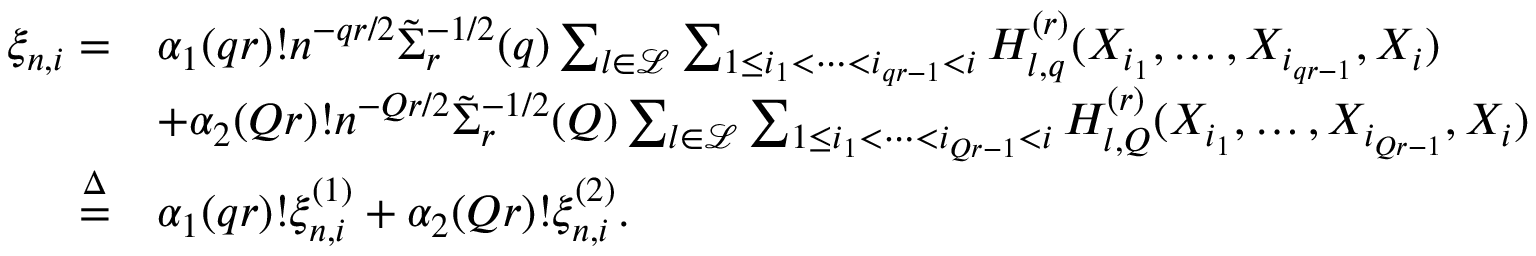
\begin{array} { r l } { \xi _ { n , i } = } & { \alpha _ { 1 } ( q r ) ! n ^ { - q r / 2 } \tilde { \Sigma } _ { r } ^ { - 1 / 2 } ( q ) \sum _ { l \in \mathcal { L } } \sum _ { 1 \le i _ { 1 } < \cdots < i _ { q r - 1 } < i } H _ { l , q } ^ { ( r ) } ( X _ { i _ { 1 } } , \ldots , X _ { i _ { q r - 1 } } , X _ { i } ) } \\ & { + \alpha _ { 2 } ( Q r ) ! n ^ { - Q r / 2 } \tilde { \Sigma } _ { r } ^ { - 1 / 2 } ( Q ) \sum _ { l \in \mathcal { L } } \sum _ { 1 \le i _ { 1 } < \cdots < i _ { Q r - 1 } < i } H _ { l , Q } ^ { ( r ) } ( X _ { i _ { 1 } } , \ldots , X _ { i _ { Q r - 1 } } , X _ { i } ) } \\ { \overset { \Delta } { = } } & { \alpha _ { 1 } ( q r ) ! \xi _ { n , i } ^ { ( 1 ) } + \alpha _ { 2 } ( Q r ) ! \xi _ { n , i } ^ { ( 2 ) } . } \end{array}